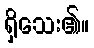
ရှိသေး၏။